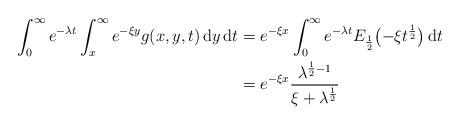
LaTeX: \begin{align*}\int_{0}^{\infty}e^{-\lambda t} \int_{x}^{\infty}e^{-\xi y} g(x,y,t) \, \mathrm{d} y\,\mathrm{d} t ={}& e^{-\xi x} \int_{0}^{\infty}e^{-\lambda t}E_{\frac{1}{2}}\bigl(- \xi t^{\frac{1}{2}}\bigr) \, \mathrm{d} t\\={}& e^{-\xi x} \frac{\lambda^{\frac{1}{2}-1}}{\xi+ \lambda^{\frac{1}{2}}}\end{align*}